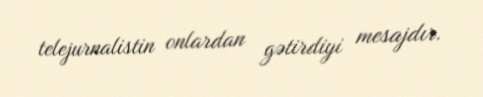
telejurnalistin onlardan gətirdiyi mesajdır.